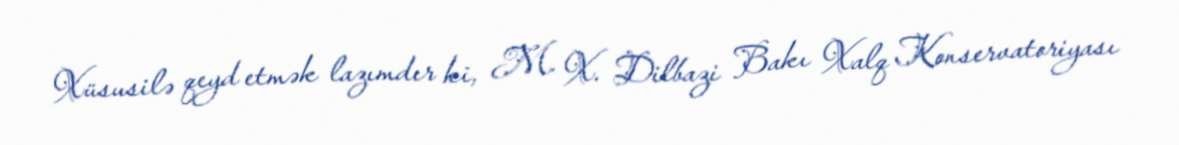
Xüsusilə qeyd etmək lazımdır ki, M. X. Dilbazi Bakı Xalq Konservatoriyası